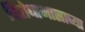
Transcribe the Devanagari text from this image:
विरोधाभासाच्या